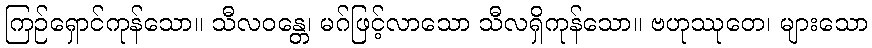
ကြဉ်ရှောင်ကုန်သော။ သီလဝန္တေ၊ မဂ်ဖြင့်လာသော သီလရှိကုန်သော။ ဗဟုဿုတေ၊ များသော